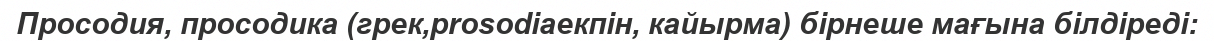
Просодия, просодика (грек,prosodiaекпін, кайырма) бірнеше мағына білдіреді: